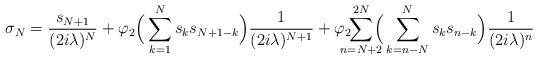
\begin{align*}\sigma_N = \frac{s_{N+1}}{(2i\lambda)^N}+ \varphi_2 \Big(\sum_{k=1}^{N}s_ks_{N+1-k}\Big)\frac{1}{(2i\lambda)^{N+1}} +\varphi_2\!\!\!\!\!\sum_{n=N+2}^{2N}\!\!\!\!\Big(\sum_{k=n-N}^{N}s_k s_{n-k}\Big)\frac{1}{(2 i\lambda)^n}\end{align*}